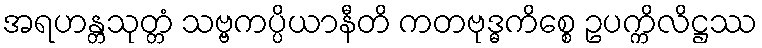
အရဟန္တသုတ္တံ သဗ္ဗကပ္ပိယာနီတိ ကတဗုဒ္ဓကိစ္စေ ဥပက္ကိလိဋ္ဌဿ